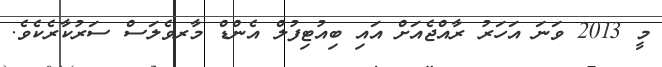
މީ 2013 ވަނަ އަހަރު ރާއްޖެއަށް އައި ބިއުޓިފުލް އެންޑް މާރވެލަސް ސަރުކާރެކެވެ.